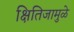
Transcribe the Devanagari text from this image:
क्षितिजामुळे